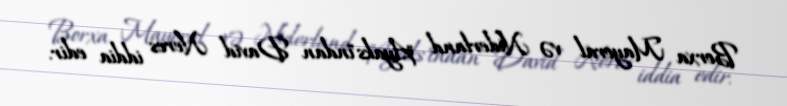
Borxa Mayoral və Niderland "Ayaks"ından David Neres iddia edir.